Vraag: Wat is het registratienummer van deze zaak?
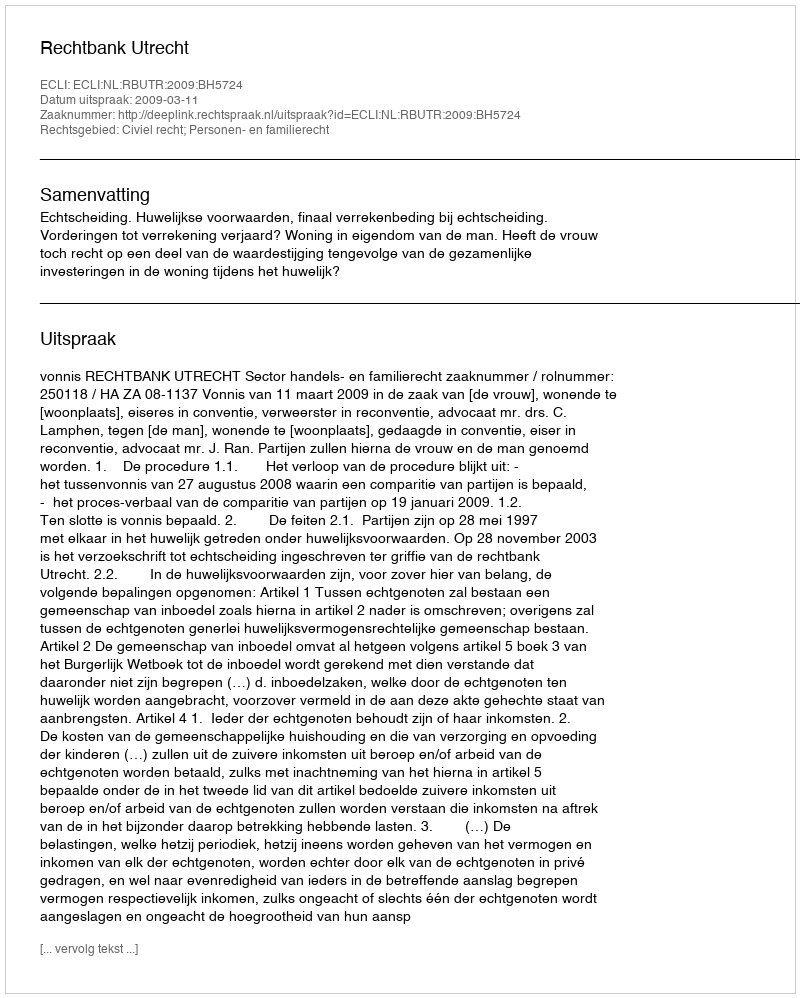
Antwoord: http://deeplink.rechtspraak.nl/uitspraak?id=ECLI:NL:RBUTR:2009:BH5724